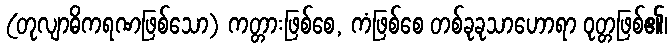
(တုလျာဓိကရဏဖြစ်သော) ကတ္တားဖြစ်စေ, ကံဖြစ်စေ တစ်ခုခုသာဟောရာ ဝုတ္တဖြစ်၏၊